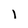
Character: i